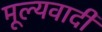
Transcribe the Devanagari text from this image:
मूल्यवादी